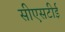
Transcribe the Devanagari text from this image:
सीएसटीई